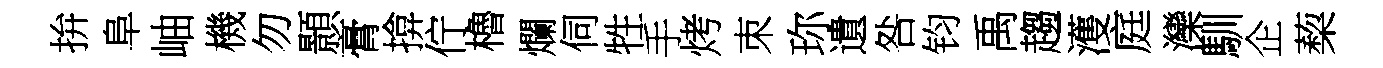
拚阜岫機勿顥膏揜佇櫓爛伺牲手烤朿珎遺咎钧禹趨濩庭灤馴企蔾